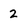
Character: 2